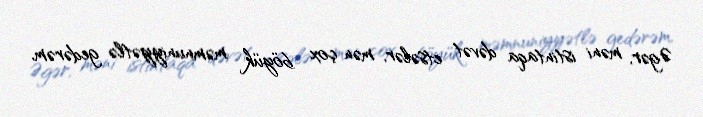
Əgər, məni istintaqa dəvət etsələr, mən çox böyük məmnuniyyətlə gedərəm,